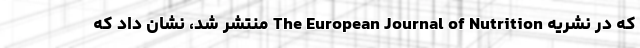
که در نشریه The European Journal of Nutrition منتشر شد، نشان داد که